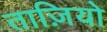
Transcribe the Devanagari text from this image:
ताज़ियो